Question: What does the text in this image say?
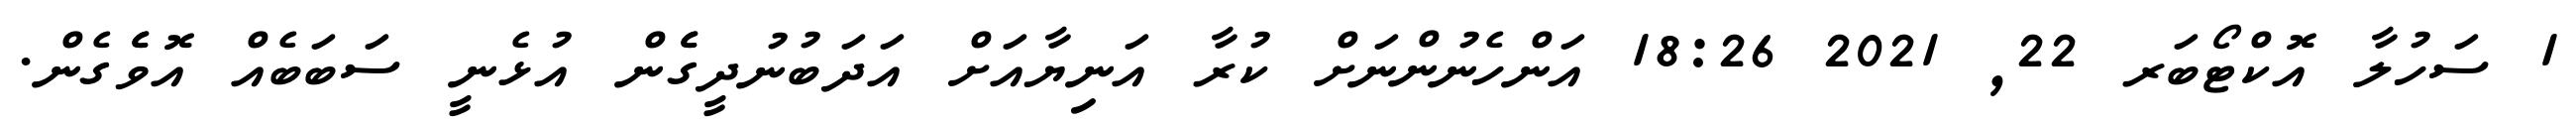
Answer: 1 ސަހުލާ އޮކްޓޯބަރ 22, 2021 18:26 އަންހެނުންނަށް ކުރާ އަނިޔާއަށް އަދަބުނުދީގެެން އުޅެނީ ސަބަބެއް އޮވެެގެން.